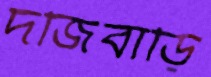
দর্জিবাড়ি